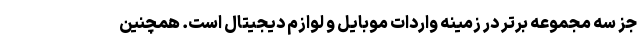
جزِ سه مجموعه برتر در زمینه واردات موبایل و لوازم دیجیتال است. همچنین